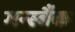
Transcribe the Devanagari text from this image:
गर्न्स्बैक